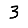
Digit: 3